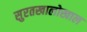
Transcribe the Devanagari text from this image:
सुरतखालोखाल